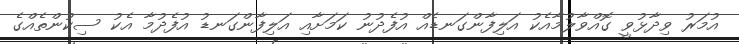
އުމަރު ވިދާޅުވީ ގޮއްވާލުމާއެކު އަލިފާންގަނޑެއް އުފެދުނު ކަމަށާއި އަލިފާންގަނޑު އުފެދުމާ އެކު ސިކުންތެއްގެ